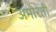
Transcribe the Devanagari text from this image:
अमोरेती